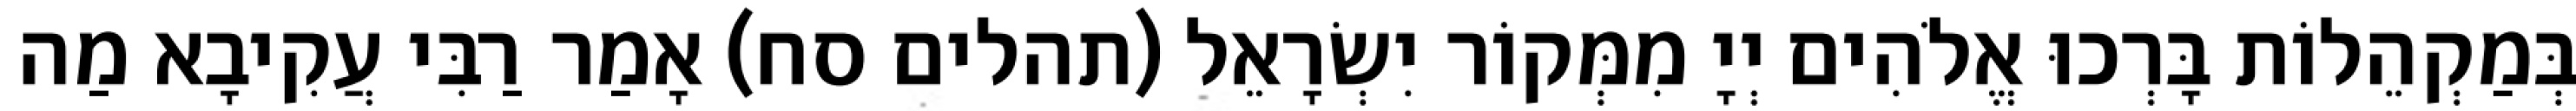
בְּמַקְהֵלוֹת בָּרְכוּ אֱלֹהִים יְיָ מִמְּקוֹר יִשְׂרָאֵל (תהלים סח) אָמַר רַבִּי עֲקִיבָא מַה